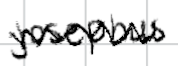
Text: Josephus
Cross-out: mix
Writing tool: digital_black